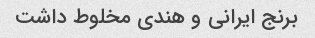
برنج ایرانی و هندی مخلوط داشت